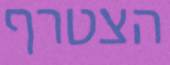
הצטרף